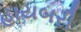
હાયબરી